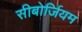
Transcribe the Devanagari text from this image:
सीबोर्जियम